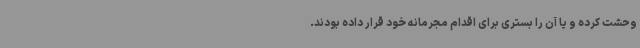
وحشت کرده و یا آن را بستری برای اقدام مجرمانه خود قرار داده بودند.